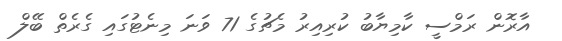
އާރޮން ރަމްސީ ކާމިޔާބު ކުރިއިރު މެޗުގެ 71 ވަނަ މިނެޓުގައި ގެރެތް ބޭލް